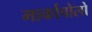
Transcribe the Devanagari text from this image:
मार्कापोलो